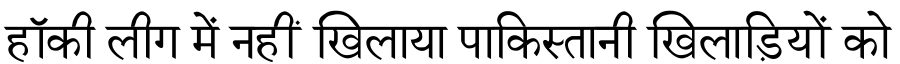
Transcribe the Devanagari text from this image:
हॉकी लीग में नहीं खिलाया पाकिस्तानी खिलाड़ियों को